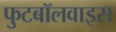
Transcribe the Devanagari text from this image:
फुटबॉलवाइस